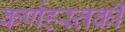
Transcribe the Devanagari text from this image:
कर्णहस्तकी